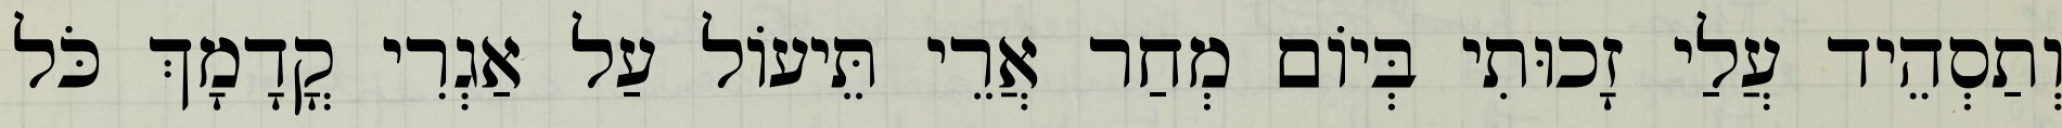
וְתַסְהֵיד עֲלַי זָכוּתִי בְּיוֹם מְחַר אֲרֵי תֵּיעוֹל עַל אַגְרִי קֳדָמָךְ כֹּל